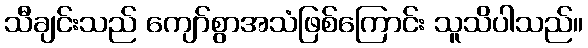
သီချင်းသည် ကျော်စွာအသံဖြစ်ကြောင်း သူသိပါသည်။